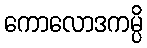
ကောလောဒကမ္ပိ